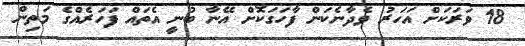
18 ވަރަކަށް އަހަރު ވެދާނެކަން ފާހަގަކޮށް އޭނާ ބުނީ އެތައް ފަހަރެއްގެ މަތިން